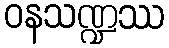
ဝနသဏ္ဍဿ